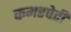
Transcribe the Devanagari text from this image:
कमरपेटी